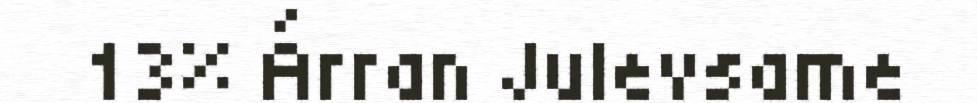
13% Árran Julevsame